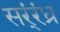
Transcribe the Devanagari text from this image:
सर्ंरंध्र